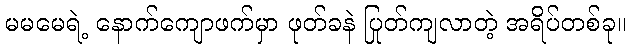
မမမေရဲ့ နောက်ကျောဖက်မှာ ဖုတ်ခနဲ ပြုတ်ကျလာတဲ့ အရိပ်တစ်ခု။